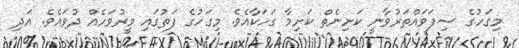
މިގަހުގެ ސިފަވައްތަރުވާނީ ކަށިނެތް ކަށިމާ ގަހަކާއެވެ. މިގަހުގެ ފަތުގައި މީރުވަހެއް ދުވައެވެ. އަދި